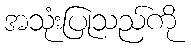
အသုံးပြုသည်ကို